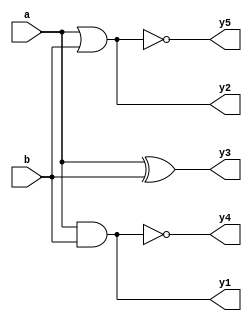
module gates(input      [3:0] a, b,
  output reg [3:0] y1, y2, y3, y4, y5);
  always @(b)
    begin
    y1 = a & b;
    y2 = a | b;
    y3 = a ^ b;
    y4 = ~(a & b);
    y5 = ~(a | b);
  end
endmodule

module priority(input      [3:0] a,
   output reg [1:0] y);
   always @(*)
     if      (a == 4'b1000) y = 2'b11;
     else if (a == 4'b0100) y = 2'b10;
     else if (a == 4'b0010) y = 2'b01;
     else if (a == 4'b0001) y = 2'b00;

endmodule